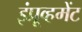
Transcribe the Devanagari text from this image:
इंप्रूव्हमेंट